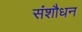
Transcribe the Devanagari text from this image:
संशौधन